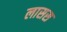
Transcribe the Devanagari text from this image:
लासस